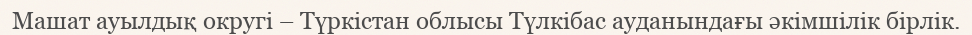
Машат ауылдық округі – Түркістан облысы Түлкібас ауданындағы әкімшілік бірлік.